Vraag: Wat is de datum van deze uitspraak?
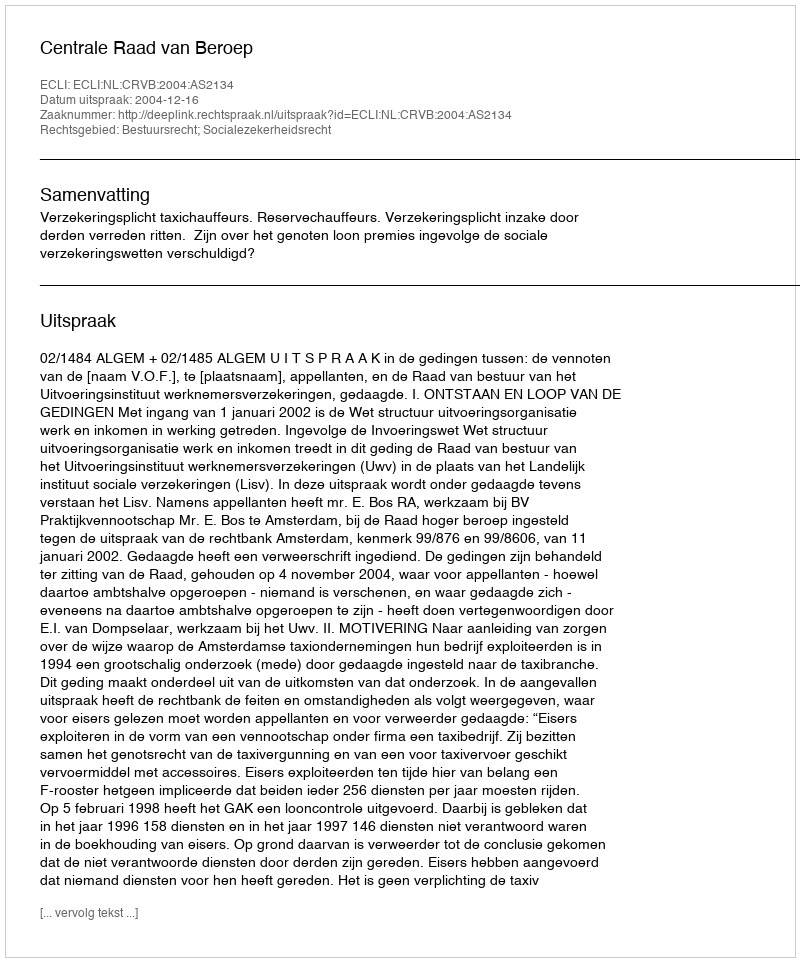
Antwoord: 2004-12-16